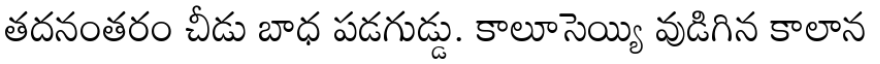
తదనంతరం చీడు బాధ పడగుడ్డు. కాలూసెయ్యి వుడిగిన కాలాన